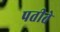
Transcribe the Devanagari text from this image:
पतीते